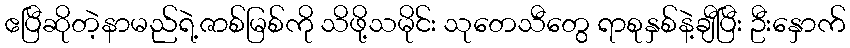
ဧပြီဆိုတဲ့နာမည်ရဲ့ဇာစ်မြစ်ကို သိဖို့သမိုင်း သုတေသီတွေ ရာစုနှစ်နဲ့ချီပြီး ဦးနှောက်